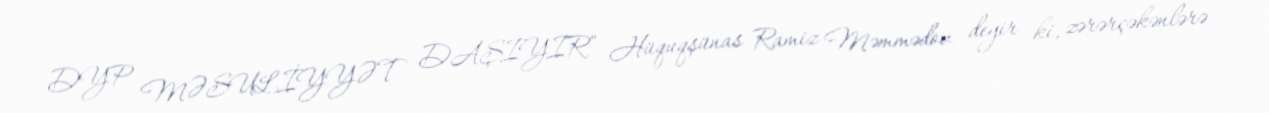
DYP MƏSULİYYƏT DAŞIYIR” Hüquqşünas Ramiz Məmmədov deyir ki, zərərçəkənlərə